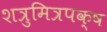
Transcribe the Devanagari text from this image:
शत्रुमित्रपक्ष